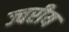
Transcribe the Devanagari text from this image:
ज्वरीय